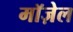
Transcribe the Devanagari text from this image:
मॉज़ेल